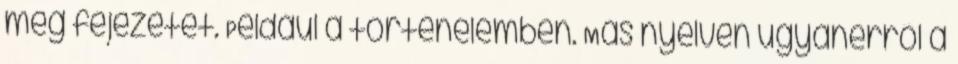
meg fejezetet. Például a történelemben. Más nyelven ugyanerről a